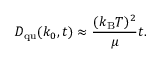
D _ { \mathrm { q u } } ( k _ { 0 } , t ) \approx { \frac { ( k _ { \mathrm { B } } T ) ^ { 2 } } { \mu } } t .